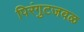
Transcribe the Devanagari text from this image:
पिरंगुटजवळ